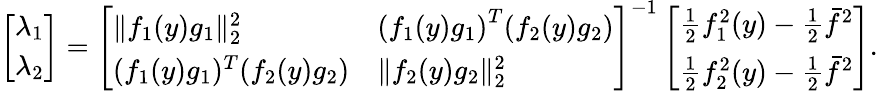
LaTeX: \left[\begin{array}{l}{\lambda_{1}}\\ {\lambda_{2}}\end{array}\right]=\left[\begin{array}{ll}{\| f_{1}(y)g_{1}\| _{2}^{2}}&{{(f_{1}(y)g_{1})}^{T}(f_{2}(y)g_{2})}\\ {(f_{1}(y){g_{1}})^{T}(f_{2}(y)g_{2})}&{\| f_{2}(y)g_{2}\| _{2}^{2}}\end{array}\right]^{-1}\left[\begin{array}{l}{\frac{1}{2}f_{1}^{2}(y)-\frac{1}{2}\bar{f}^{2}}\\ {\frac{1}{2}f_{2}^{2}(y)-\frac{1}{2}\bar{f}^{2}}\end{array}\right].